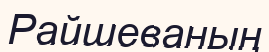
Райшеваның